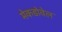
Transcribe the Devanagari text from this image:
मेकडोवेल